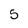
Character: 5